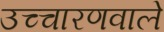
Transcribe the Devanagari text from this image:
उच्चारणवाले